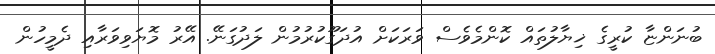
ބުނަންޏާ ކުރީގެ ޚިޔާލުތައް ކޮންމެވެސް ވަރަކަށް އުދަގޫކުރުމުން ލަދުގަނޭ. އޭރު މޮޔަވިވަރާއި ދެމީހުން